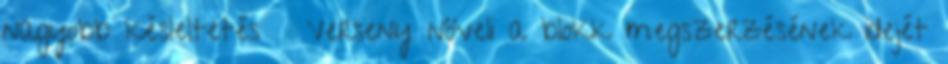
nagyobb késleltetés ● Verseny növeli a blokk megszerzésének idejét